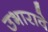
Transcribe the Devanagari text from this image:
उभारावे